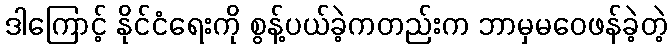
ဒါကြောင့် နိုင်ငံရေးကို စွန့်ပယ်ခဲ့ကတည်းက ဘာမှမဝေဖန်ခဲ့တဲ့